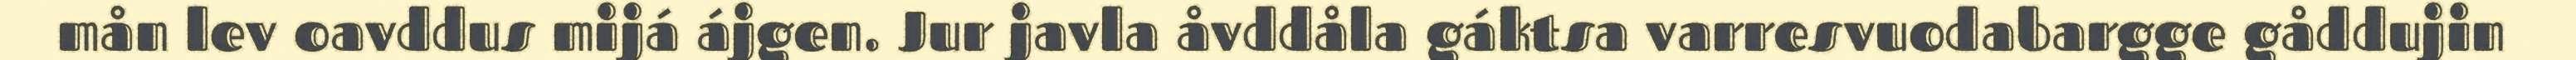
mån lev oavddus mijá ájgen. Jur javla åvddåla gáktsa varresvuodabargge gåddujin